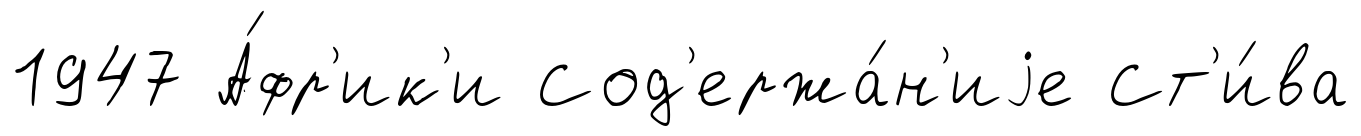
1947 А́фр'ик'и Сод'ержа́н'иjе Ст'и́ва